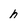
Character: h